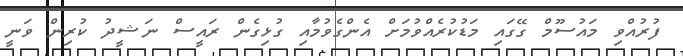
ފުރުއްވި މައުސޫމް ގޭގައި މަޑުކުރެއްވުމަށް އެންގެވުމާއި ގުޅިގެން ރައީސް ނަޝީދު ކުރިން ވަނީ